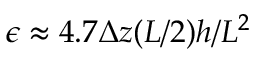
\epsilon \approx 4 . 7 \Delta z ( L / 2 ) h / L ^ { 2 }